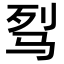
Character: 𩧮